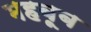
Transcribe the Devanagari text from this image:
महबूब